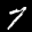
Label: 7